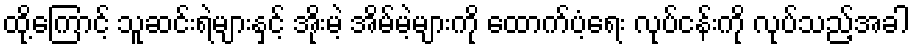
ထို့ကြောင့် သူဆင်းရဲများနှင့် အိုးမဲ့ အိမ်မဲ့များကို ထောက်ပံ့ရေး လုပ်ငန်းကို လုပ်သည့်အခါ